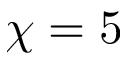
\chi = 5